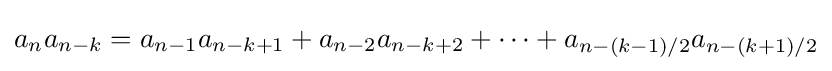
a_{n}a_{n-k}=a_{n-1}a_{n-k+1}+a_{n-2}a_{n-k+2}+\cdots +a_{n-(k-1)/2}a_{n-(k+1)/2}